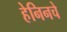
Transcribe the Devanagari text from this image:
हेनिनचे